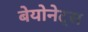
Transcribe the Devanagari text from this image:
बेयोनेट्स